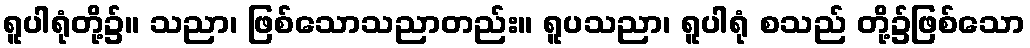
ရူပါရုံတို့၌။ သညာ၊ ဖြစ်သောသညာတည်း။ ရူပသညာ၊ ရူပါရုံ စသည် တို့၌ဖြစ်သော